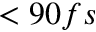
< 9 0 f s